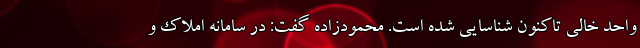
واحد خالی تاکنون شناسایی شده است. محمودزاده گفت: در سامانه املاک و